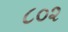
૮૦૨